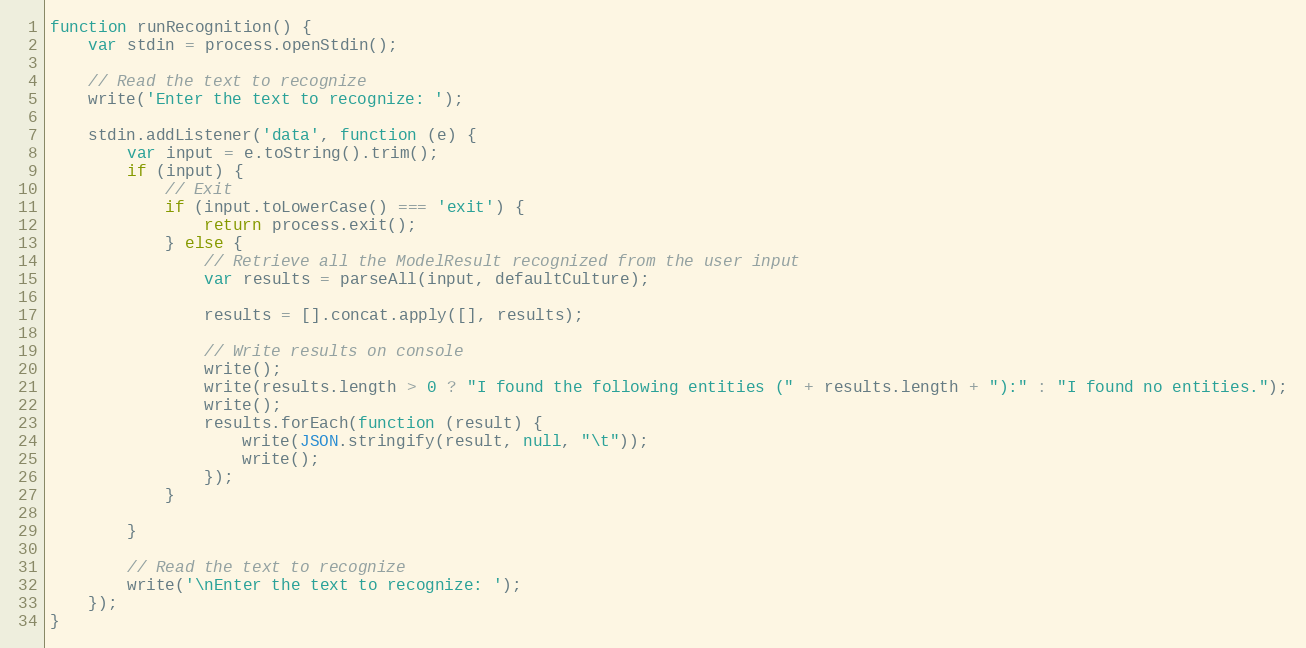
Language: JavaScript
function runRecognition() {
    var stdin = process.openStdin();

    // Read the text to recognize
    write('Enter the text to recognize: ');

    stdin.addListener('data', function (e) {
        var input = e.toString().trim();
        if (input) {
            // Exit
            if (input.toLowerCase() === 'exit') {
                return process.exit();
            } else {
                // Retrieve all the ModelResult recognized from the user input
                var results = parseAll(input, defaultCulture);

                results = [].concat.apply([], results);

                // Write results on console
                write();
                write(results.length > 0 ? "I found the following entities (" + results.length + "):" : "I found no entities.");
                write();
                results.forEach(function (result) {
                    write(JSON.stringify(result, null, "\t"));
                    write();
                });
            }

        }

        // Read the text to recognize
        write('\nEnter the text to recognize: ');
    });
}